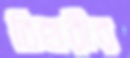
বিহারীর